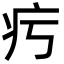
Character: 㽲